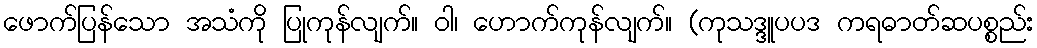
ဖောက်ပြန်သော အသံကို ပြုကုန်လျက်။ ဝါ၊ ဟောက်ကုန်လျက်။ (ကုသဒ္ဒူပပဒ ကရဓာတ်ဆပစ္စည်း